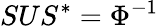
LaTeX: SUS^{*}=\Phi^{-1}